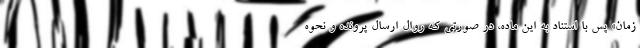
زمان» پس با استناد به این ماده، در صورتی که روال ارسال پرونده و نحوه